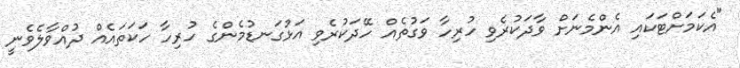
"އެކަމަށްޓަކައި އެންމެނަށް ވާދަކުރެވި ހުރިހާ ވަގުތެއް ހޭދަކުރެވި އަޅުގަނޑުމެންގެ ހުރިހާ ހަކަތައެއް ދުއްވާލެވެނީ